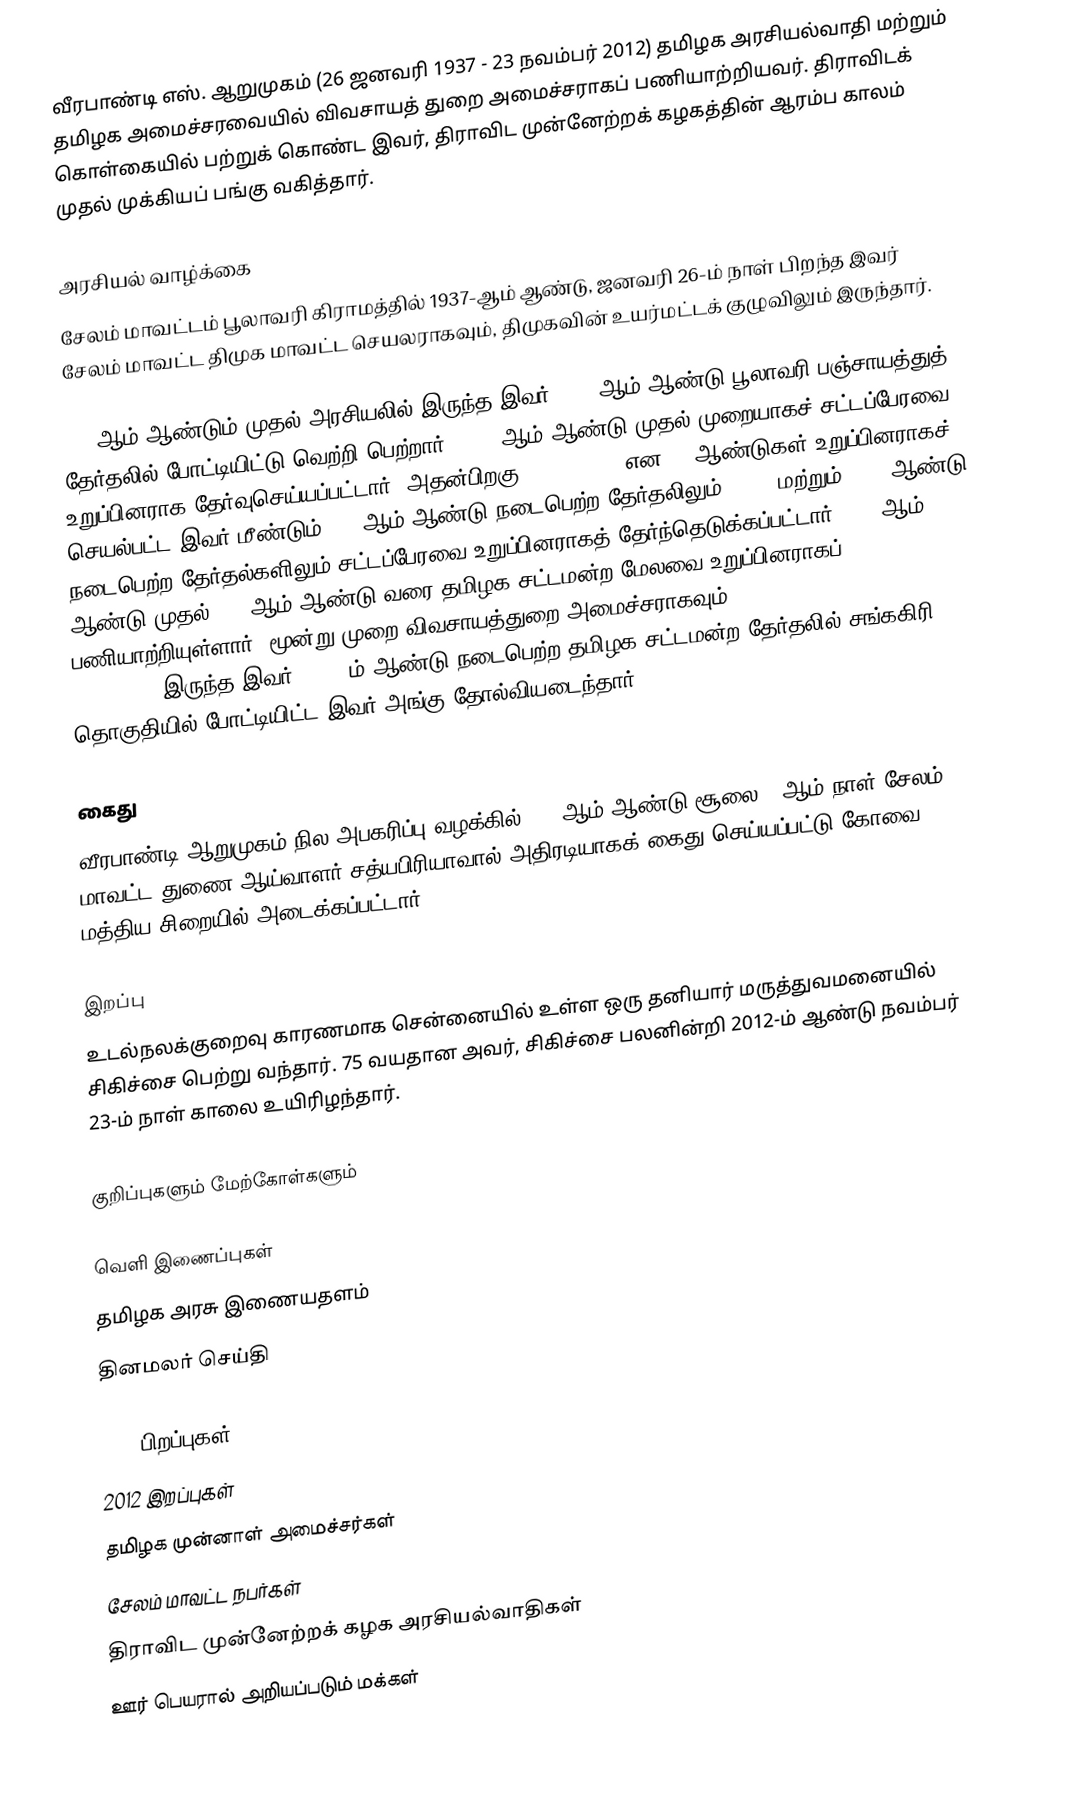
வீரபாண்டி எஸ். ஆறுமுகம் (26 ஜனவரி 1937 - 23 நவம்பர் 2012) தமிழக அரசியல்வாதி மற்றும் தமிழக அமைச்சரவையில் விவசாயத் துறை அமைச்சராகப் பணியாற்றியவர். திராவிடக் கொள்கையில் பற்றுக் கொண்ட இவர், திராவிட முன்னேற்றக் கழகத்தின் ஆரம்ப காலம் முதல் முக்கியப் பங்கு வகித்தார்.

அரசியல் வாழ்க்கை
சேலம் மாவட்டம் பூலாவரி கிராமத்தில் 1937-ஆம் ஆண்டு, ஜனவரி 26-ம் நாள் பிறந்த இவர் சேலம் மாவட்ட திமுக மாவட்ட செயலராகவும், திமுகவின் உயர்மட்டக் குழுவிலும் இருந்தார்.

1957ஆம் ஆண்டும் முதல் அரசியலில் இருந்த இவர், 1958ஆம் ஆண்டு பூலாவரி பஞ்சாயத்துத் தேர்தலில் போட்டியிட்டு வெற்றி பெற்றார். 1962 ஆம் ஆண்டு முதல் முறையாகச் சட்டப்பேரவை உறுப்பினராக தேர்வுசெய்யப்பட்டார். அதன்பிறகு, 1967, 1971 என 15 ஆண்டுகள் உறுப்பினராகச் செயல்பட்ட இவர் மீண்டும் 1989ஆம் ஆண்டு நடைபெற்ற தேர்தலிலும், 1996 மற்றும் 2006 ஆண்டு நடைபெற்ற தேர்தல்களிலும் சட்டப்பேரவை உறுப்பினராகத் தேர்ந்தெடுக்கப்பட்டார். 1978ஆம் ஆண்டு முதல் 1984ஆம் ஆண்டு வரை தமிழக சட்டமன்ற மேலவை உறுப்பினராகப் பணியாற்றியுள்ளார். மூன்று முறை விவசாயத்துறை அமைச்சராகவும்(1990–1991, 1996–2001, 2006–2011) இருந்த இவர். 2011 ம் ஆண்டு நடைபெற்ற தமிழக சட்டமன்ற தேர்தலில் சங்ககிரி தொகுதியில் போட்டியிட்ட இவர் அங்கு தோல்வியடைந்தார்.

கைது
வீரபாண்டி ஆறுமுகம் நில அபகரிப்பு வழக்கில் 2011ஆம் ஆண்டு சூலை 30ஆம் நாள் சேலம் மாவட்ட துணை ஆய்வாளர் சத்யபிரியாவால் அதிரடியாகக் கைது செய்யப்பட்டு கோவை மத்திய சிறையில் அடைக்கப்பட்டார்.

இறப்பு
உடல்நலக்குறைவு காரணமாக சென்னையில் உள்ள ஒரு தனியார் மருத்துவமனையில் சிகிச்சை பெற்று வந்தார். 75 வயதான அவர், சிகிச்சை பலனின்றி 2012-ம் ஆண்டு நவம்பர் 23-ம் நாள் காலை உயிரிழந்தார்.

குறிப்புகளும் மேற்கோள்களும்

வெளி இணைப்புகள்
 தமிழக அரசு இணையதளம்
 தினமலர் செய்தி

1937 பிறப்புகள்
2012 இறப்புகள்
தமிழக முன்னாள் அமைச்சர்கள்
சேலம் மாவட்ட நபர்கள்
திராவிட முன்னேற்றக் கழக அரசியல்வாதிகள்
ஊர் பெயரால் அறியப்படும் மக்கள்